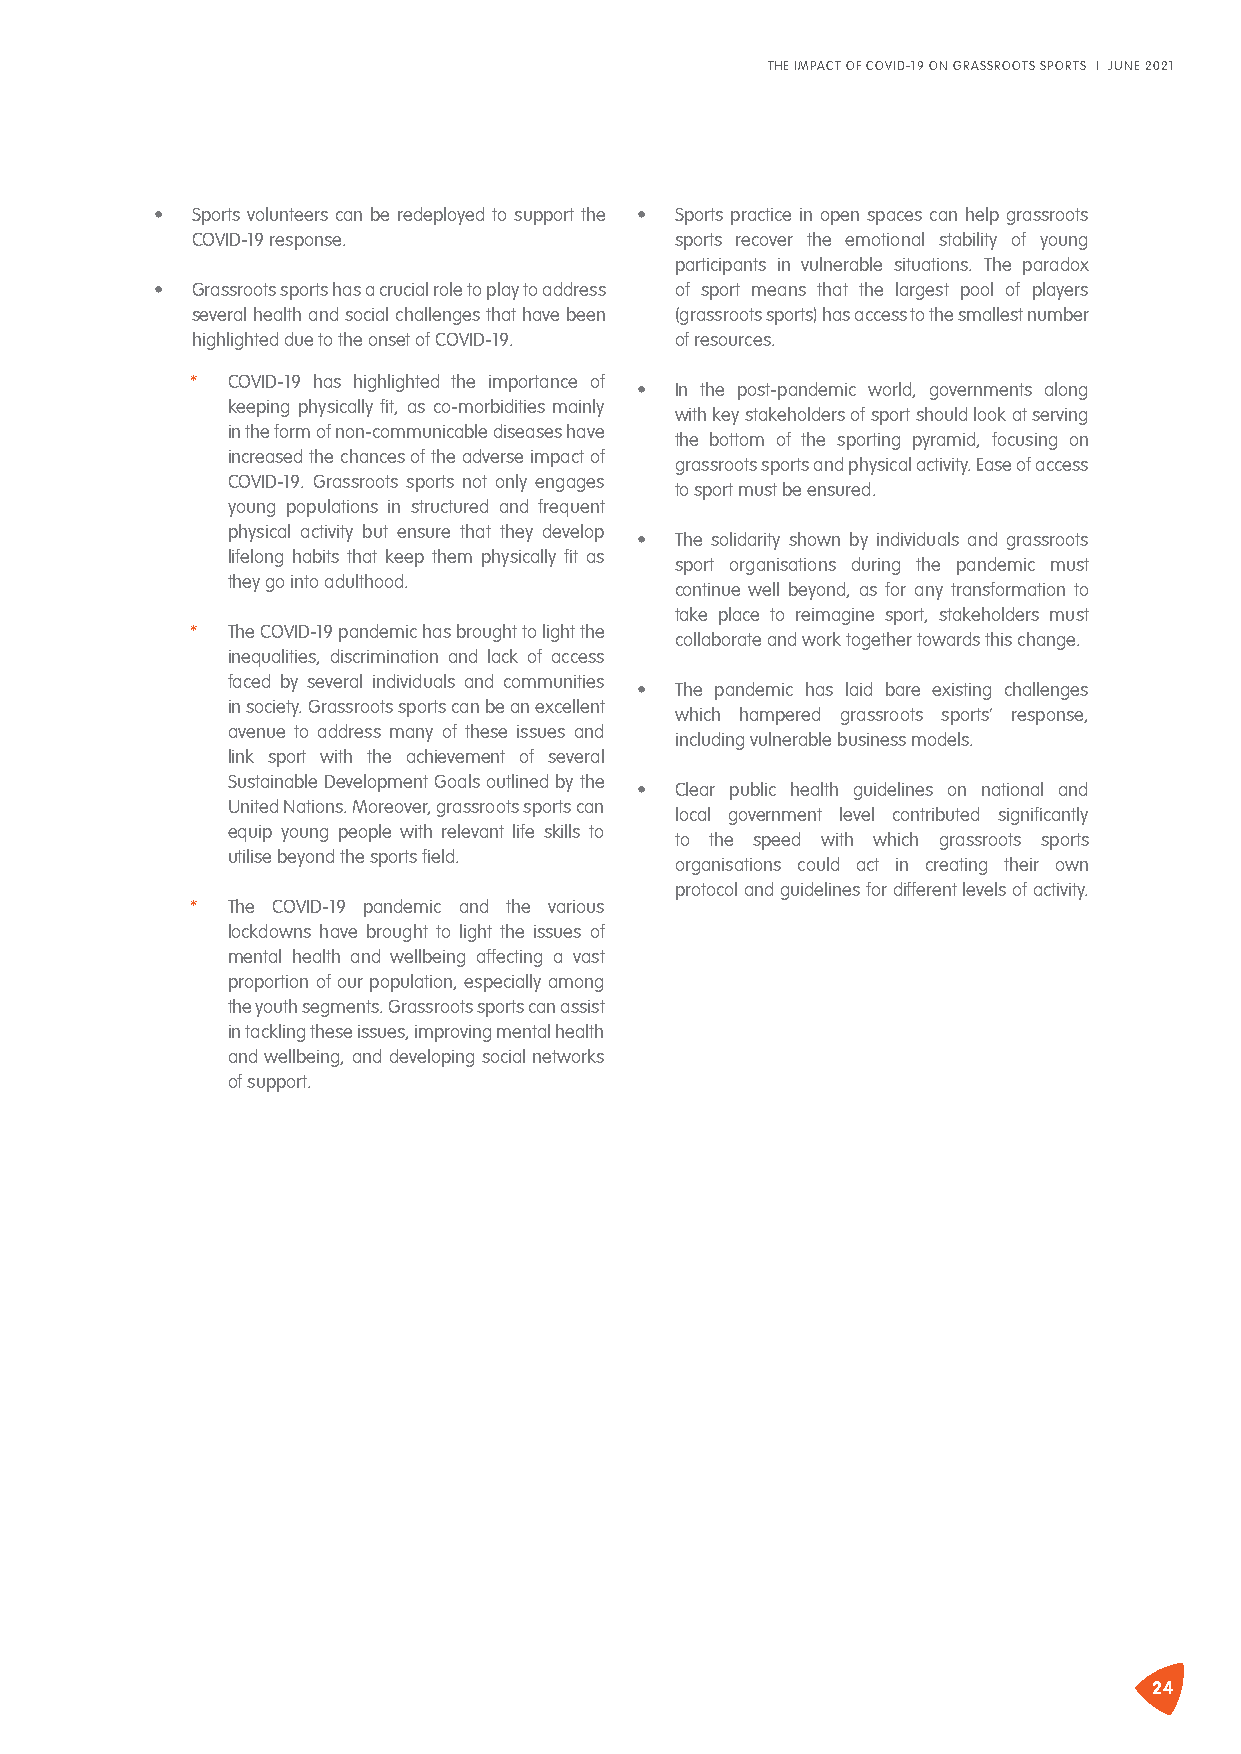
THE IMPACT OF COVID-19 ON GRASSROOTS SPORTS I JUNE 2021
 •  Sports volunteers can be redeployed to support the • Sports practice in open spaces can help grassroots
 COVID-19 response.              sports recover the emotional stability of young
 participants in vulnerable situations. The paradox
 •  Grassroots sports has a crucial role to play to address of sport means that the largest pool of players
 several health and social challenges that have been (grassroots sports) has access to the smallest number
 highlighted due to the onset of COVID-19. of resources.
 * COVID-19 has highlighted the importance of
 •  In the post-pandemic world, governments along
 keeping physically fit, as co-morbidities mainly
 with key stakeholders of sport should look at serving
 in the form of non-communicable diseases have
 the bottom of the sporting pyramid, focusing on
 increased the chances of the adverse impact of
 grassroots sports and physical activity. Ease of access
 COVID-19. Grassroots sports not only engages
 to sport must be ensured.
 young populations in structured and frequent
 physical activity but ensure that they develop
 •  The solidarity shown by individuals and grassroots
 lifelong habits that keep them physically fit as
 sport organisations during the pandemic must
 they go into adulthood.
 continue well beyond, as for any transformation to
 take place to reimagine sport, stakeholders must
 * The COVID-19 pandemic has brought to light the
 collaborate and work together towards this change.
 inequalities, discrimination and lack of access
 faced by several individuals and communities
 •  The pandemic has laid bare existing challenges
 in society. Grassroots sports can be an excellent
 which hampered grassroots sports’ response,
 avenue to address many of these issues and
 including vulnerable business models.
 link sport with the achievement of several
 Sustainable Development Goals outlined by the
 •  Clear public health guidelines on national and
 United Nations. Moreover, grassroots sports can
 local government level contributed significantly
 equip young people with relevant life skills to
 to the speed with which grassroots sports
 utilise beyond the sports field.
 organisations could act in creating their own
 protocol and guidelines for different levels of activity.
 * The COVID-19 pandemic and the various rtual spaces
 lockdowns have brought to light the issues of
 mental health and wellbeing affecting a vast
 as    means            of
 proportion of our population, especially among
 the youth segments. Grassroots sports can assist
 in tackling these issues, improving mental health
 and wellbeing, and developing social networks
 of support.
 24